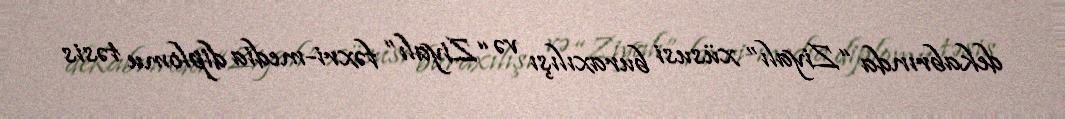
dekabrında “Ziyalı” xüsusi buraxılışı və “Ziyalı” fəxri-media diplomu təsis